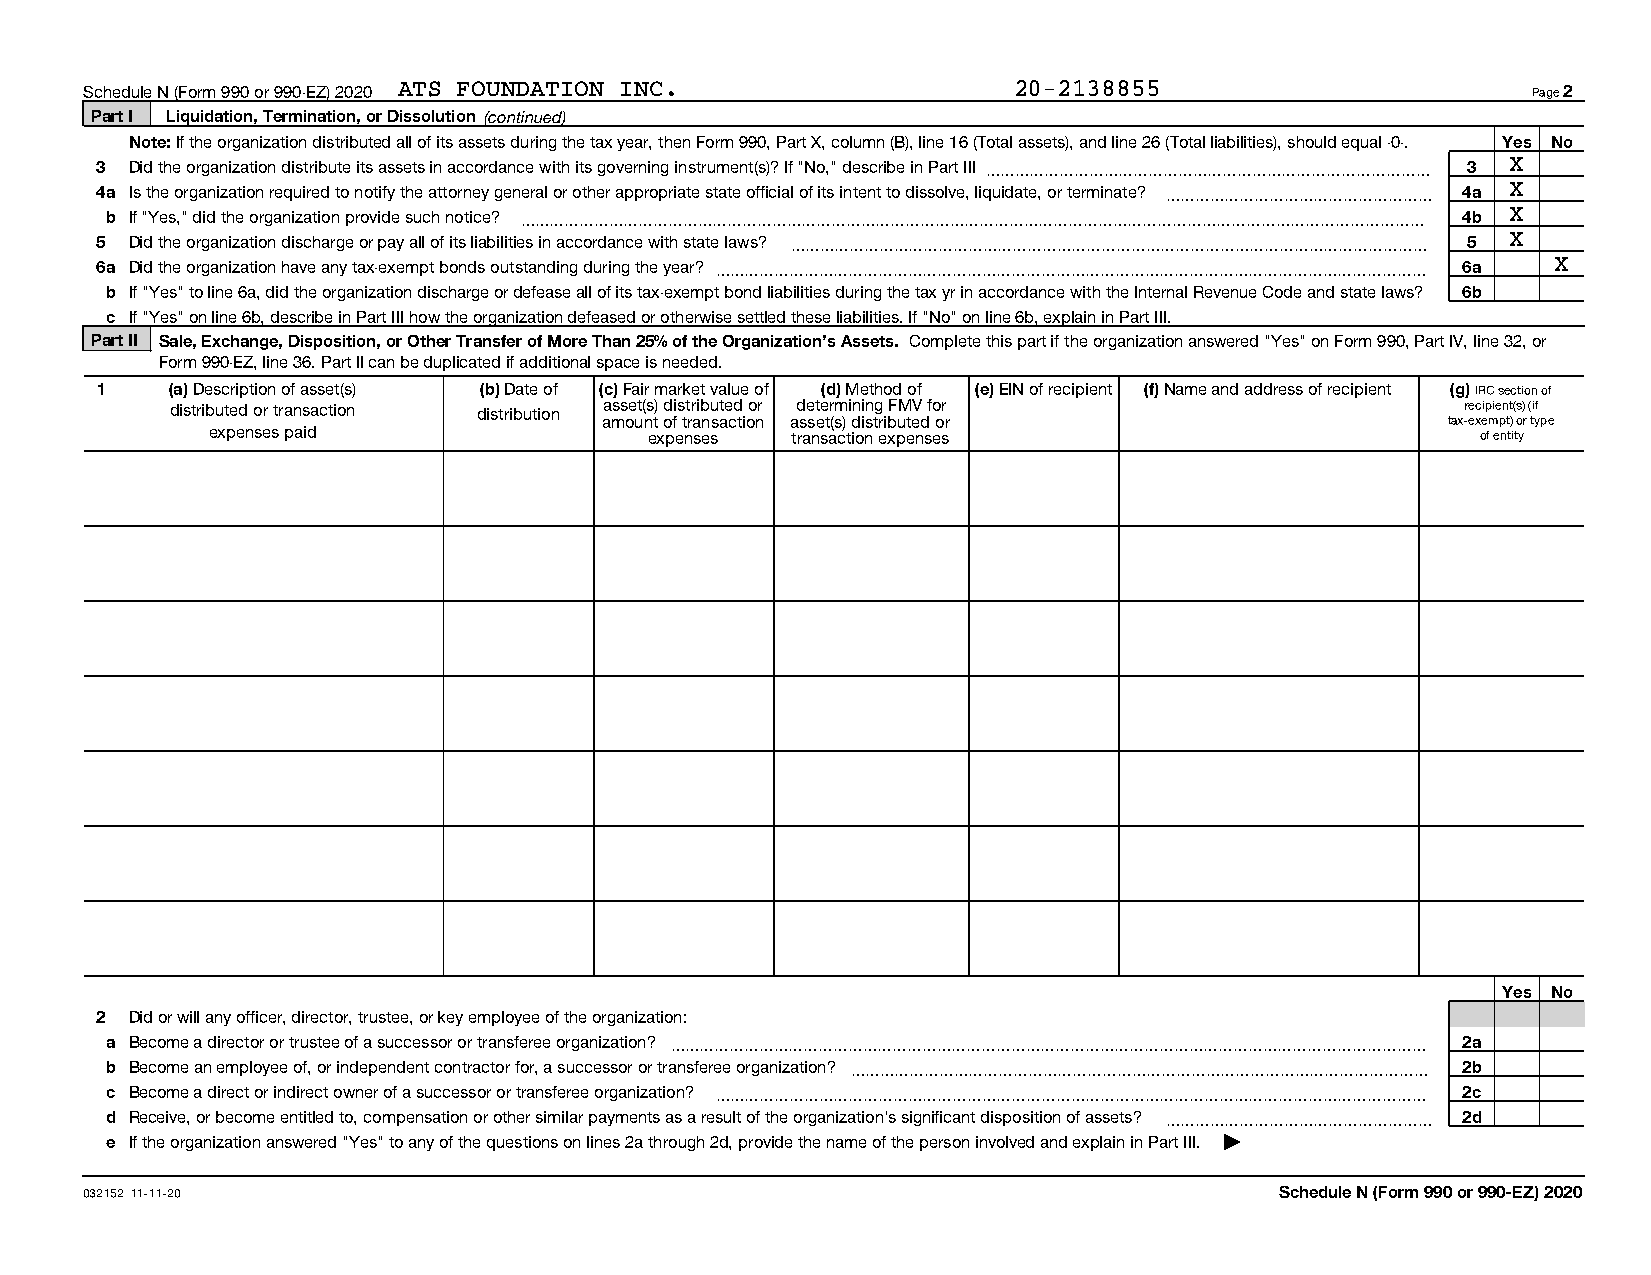
Schedule N (Form 990 or 990-EZ) 2020 ATS FOUNDATION INC.     20-2138855                        Page 2
 Part I Liquidation, Termination, or Dissolution (continued)
 Note: If the organization distributed all of its assets during the tax year, then Form 990, Part X, column (B), line 16 (Total assets), and line 26 (Total liabilities), should equal -0-. Yes No
 3  Did the organization distribute its assets in accordance with its governing instrument(s)? If "No," describe in Part III ~~~~~~~~~~~~~~~~~~~~~~~~~~~~~~ 3 X
 4a Is the organization required to notify the attorney general or other appropriate state official of its intent to dissolve, liquidate, or terminate? ~~~~~~~~~~~~~~~~~~ 4a X
 b If "Yes," did the organization provide such notice? ~~~~~~~~~~~~~~~~~~~~~~~~~~~~~~~~~~~~~~~~~~~~~~~~~~~~~~~~~~~~~ 4b X
 5  Did the organization discharge or pay all of its liabilities in accordance with state laws? ~~~~~~~~~~~~~~~~~~~~~~~~~~~~~~~~~~~~~~~~~~~ 5 X
 6a Did the organization have any tax-exempt bonds outstanding during the year? ~~~~~~~~~~~~~~~~~~~~~~~~~~~~~~~~~~~~~~~~~~~~~~~~ 6a X
 b If "Yes" to line 6a, did the organization discharge or defease all of its tax-exempt bond liabilities during the tax yr in accordance with the Internal Revenue Code and state laws? 6b
 c If "Yes" on line 6b, describe in Part III how the organization defeased or otherwise settled these liabilities. If "No" on line 6b, explain in Part III.
 Part II Sale, Exchange, Disposition, or Other Transfer of More Than 25% of the Organization's Assets. Complete this part if the organization answered "Yes" on Form 990, Part IV, line 32, or
 Form 990-EZ, line 36. Part II can be duplicated if additional space is needed.
 1    (a) Description of asset(s) (b) Date of (c) Fair market value of (d) Method of (e) EIN of recipient (f) Name and address of recipient (g) IRC section of
 distributed or transaction distribution asset(s) distributed or determining FMV for   recipient(s) (if
 amount of transaction asset(s) distributed or           tax-exempt) or type
 expenses paid                expenses transaction expenses                          of entity
 Yes No
 2  Did or will any officer, director, trustee, or key employee of the organization:
 a Become a director or trustee of a successor or transferee organization? ~~~~~~~~~~~~~~~~~~~~~~~~~~~~~~~~~~~~~~~~~~~~~~~~~~~ 2a
 b Become an employee of, or independent contractor for, a successor or transferee organization? ~~~~~~~~~~~~~~~~~~~~~~~~~~~~~~~~~~~~~~~ 2b
 c Become a direct or indirect owner of a successor or transferee organization? ~~~~~~~~~~~~~~~~~~~~~~~~~~~~~~~~~~~~~~~~~~~~~~~~ 2c
 d Receive, or become entitled to, compensation or other similar payments as a result of the organization's significant disposition of assets? ~~~~~~~~~~~~~~~~~~ 2d
 e If the organization answered "Yes" to any of the questions on lines 2a through 2d, provide the name of the person involved and explain in Part III. |
 032152 11-11-20                                                                Schedule N (Form 990 or 990-EZ) 2020